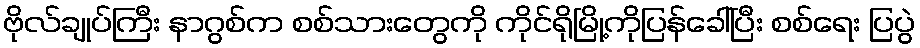
ဗိုလ်ချုပ်ကြီး နာဂွစ်က စစ်သားတွေကို ကိုင်ရိုမြို့ကိုပြန်ခေါ်ပြီး စစ်ရေး ပြပွဲ